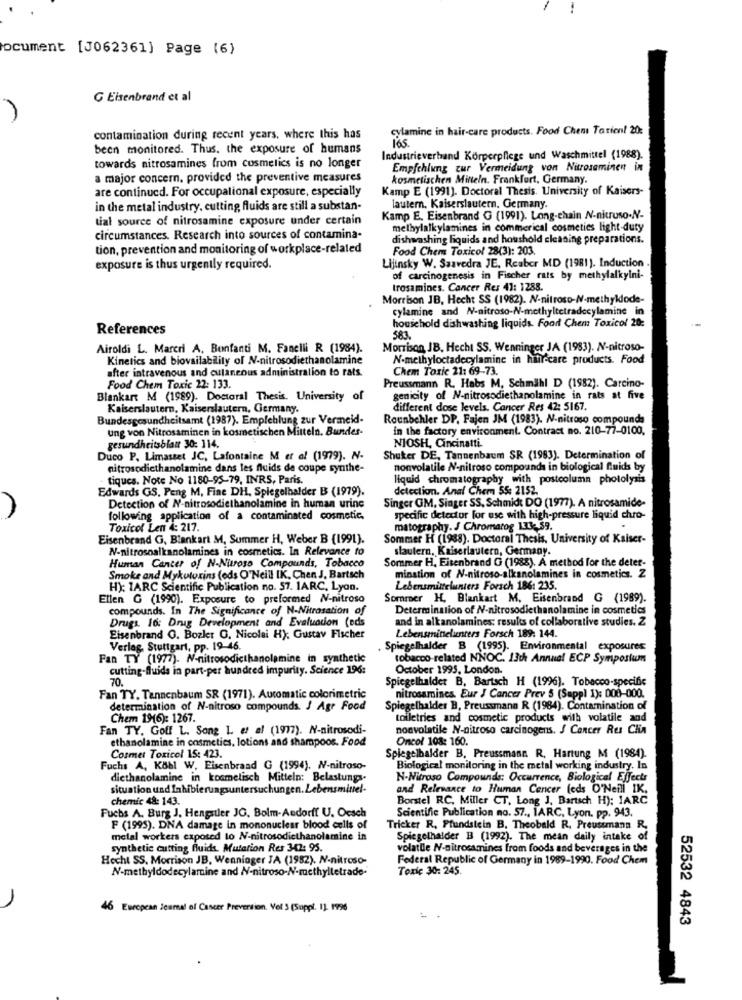
ocument [J062361] Page (6)
G Eisenbrand et al
cylamine in hair-care products. Food Chemi Tarien! 20:
contamination during recent years, where this has
165 .
been monitored. Thus, the exposure of humans
Industrieverband Körperpflege und Waschmittel (1988).
towards nitrosamines from cosmetics is no longer
Empfehlung zur Vermeidung von Nitrosaminen in
a major concern, provided the preventive measures
kosmetischen Mitteln. Frankfurt, Germany.
are continued. For occupational exposure, especially
Kamp E (1991). Doctoral Thesis. University of Kaisers-
in the metal industry, cutting fluids are still a substan-
lautern. Kaiserslautern, Germany.
tial source of nitrosamine exposure under certain
Kamp E. Eisenbrand G (1991). Long-chain N-nitroso-N-
methylalkylamines in commerical cosmetics light-duty
circumstances. Research into sources of contamina-
dishwashing liquids and houshold cleaning preparations.
tion, prevention and monitoring of workplace-related
Food Chem Toxicol 28(3): 203.
exposure is thus urgently required.
Lijinsky W. Saavedra JE, Reaber MD (1981). Induction
of carcinogenesis in Fischer rats by methylalkylni-
trosamines. Cancer Res 41: 1288.
Morrison JB, Hecht SS (1982). N-nitroso-N-methyllode-
cylamine and N-nitroso-N-methyltetradecylamine in
References
household dishwashing liquids. Food Chem Toxicol 20:
583.
Airoldi L. Marcri A. Bonfanti M. Fanelli R (1984).
Morrison JB, Hecht SS. Wenninger JA (1983). N-nitroso-
Kinetics and biovailability of N-nitrosodiethanolamine
N-methyloctadecylamine in hifi-care products. Food
after intravenous and cutaneous administration to rats.
Chem Toxic 21: 69-73.
Food Chem Toxic 22: 133.
Preussenann R. Habs M, Schmahl D (1982). Carcino-
Blankart M (1989). Doctoral Thesis. University of
genicity of N-nitrosodiethanolamine in rats at five
Kaiserslautern, Kaiserslautern, Germany.
different dose levels. Cancer Res 42: 5167.
Bundesgesundheitsamt (1987). Empfehlung zur Vermeid-
Rounbchler DP. Fajen JM (1983). N-nitroso compounds
ung von Nitrosaminen in kosmetischen Mitteln. Bundes-
in the factory environment. Contract no. 210-77-0100,
gesundheitsblatt 30: 114.
NIOSH, Cincinatti.
Duco P, Limasset JC, Lafontaine M et al (1979). N.
Shutter DE, Tannenbaum SR (1983). Determination of
nitrosodiethanolamine dans les fluids de coupe synthe-
nonvolatile N-nitroso compounds in biological fluids by
tiques. Note No 1180-95-79, INRS, Paris.
liquid chromatography with postcolumn photolysis
Edwards GS, Peng M, Fine DH, Spiegelbalder B (1979).
detection. Anal Chem 55: 2152.
Singer GM, Singer SS, Schmidt DO (1977). A nitrosamide-
Detection of N-nitrosodiethanolamine in human urine
following application of a contaminated cosmetic,
specific detector for use with high-pressure liquid chro-
Toxicol Len 4: 217.
matography. J Chromatog 133: 39.
Eisenbrand G. Blankart M, Summer H, Weber B (1991).
Sommer H (1988). Doctoral Thesis, University of Kaiser-
N-nitrosoalkanolamines in cosmetics. In Relevance to
slautern, Kaiserlautern, Germany.
Sommer H, Eisenbrand G (1988). A method for the deter-
Human Cancer of N-Nuroso Compounds, Tobacco
Smoke and Mykutoxins (ods O"Neill IK, Chen J. Bartsch
mination of N-nitroso-alkanolamines in cosmetics. Z
H): 1ARC Scientific Publication no. 57. 1ARC, Lyon.
Lebensmittelunters Forsch 186: 235.
Ellen G (1990). Exposure to preformed N-nitroso
Sommer H, Blankart M. Eisenbrand G (1989).
compounds. In The Significance of N-Nitrasation of
Determination of N-nitrosodiethanolamine in cosmetics
Drugs. 16: Drug Development and Evaluation (eds
and in alkanolamines: results of collaborative studies. 2
Eisenbrand O. Bozler O. Nicolai H); Gustav Fischer
Lebensminelunters Forsch 189: 144.
Verlag, Stuttgart, pp. 19-46.
Spiegelhalder B (1995). Environmental exposures
Fan TY (1977). N-nitrosodicthanolamine in synthetic
tobacco-related NNOC. 13th Annual ECP Symposium
cutting-fluids in part-per hundred impurity. Science 196:
October 1995, London.
70.
Spiegelhalder B. Bartsch H (1996). Tobacco-specific
Fan TY. Tannenbaum SR (1971). Automatic colorimetric
nitrosamines. Eur J Cancer Prev 5 (Suppl 1): 008-000.
determination of N-nitroso compounds. J Agr Food
Spiegelhalder B, Preussmann R (1984). Contamination of
Chem 19(6): 1267.
toiletries and cosmetic products with volatile and
Fan TY. Goff L. Song L et al (1977). N-nitrosodi-
nonvolatile N-nitroso carcinogens. J Cancer Res Clin
ethanolamine in cosmetics, lotions and shampoos. Food
Oncol 108: 160.
Cosmet Toxicol 15: 423.
Spiegelbalder B. Preussmann. R. Hartung M (1984).
Fuchs A, Kobl W. Eisenbraad G (1994). N-nitroso-
Biological monitoring in the metal working industry. In
diethanolamine in kosmelisch Mitteln: Belastungs-
N-Nitroso Compounds: Occurrence, Biological Effects
situation und Iahibierungsuntersuchungen.Lebensmittel-
and Relevance to Human Cencer (eds O'Neill IK.
chemic 48: 143.
Borstel RC, Miller CT, Long J, Bartsch H): IARC
Fuchs A. Burg J. Hengstler JG, Bolm-Aedorff U. Oesch
Scientific Publication no. 57 ., IARC, Lyon. pp. 943.
F (1995). DNA damage in mononuclear blood cells of
Tricker R. Pfundstein B. Theobald R. Preussmann R.
metal workers exposed to N-nitrosodiethanolamine in
Spiegelhalder B (1992). The mean daily intake of
synthetic cutting fluids. Mutation Res 342: 95.
volatile N-nitrosamines from foods and beverages in the
Hecht SS. Morrison JB, Wenninger JA (1982). N-nitroso-
Federal Republic of Germany in 1989-1990. Food Chem
N-methyldodecylamine and N-nitroso-N-methylletrade-
Toxic 30: 245.
46 European Journal of Cancer Prevention. Vol 3 (Suppl. 1]. 1996
52532 4843